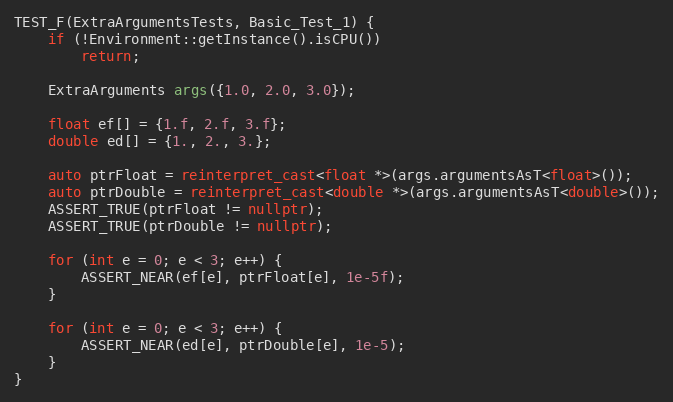
Language: C++
TEST_F(ExtraArgumentsTests, Basic_Test_1) {
    if (!Environment::getInstance().isCPU())
        return;

    ExtraArguments args({1.0, 2.0, 3.0});

    float ef[] = {1.f, 2.f, 3.f};
    double ed[] = {1., 2., 3.};

    auto ptrFloat = reinterpret_cast<float *>(args.argumentsAsT<float>());
    auto ptrDouble = reinterpret_cast<double *>(args.argumentsAsT<double>());
    ASSERT_TRUE(ptrFloat != nullptr);
    ASSERT_TRUE(ptrDouble != nullptr);

    for (int e = 0; e < 3; e++) {
        ASSERT_NEAR(ef[e], ptrFloat[e], 1e-5f);
    }

    for (int e = 0; e < 3; e++) {
        ASSERT_NEAR(ed[e], ptrDouble[e], 1e-5);
    }
}